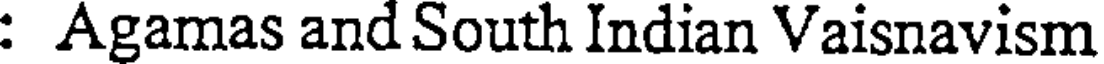
: Agamas and South Indian Vaisnavism